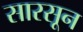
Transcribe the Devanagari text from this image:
सारसून